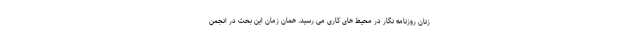
زنان روزنامه نگار در محیط های کاری می رسید. همان زمان این بحث در انجمن